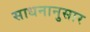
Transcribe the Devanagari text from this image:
साधनानुसार